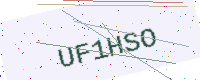
Text: UF1HSO